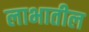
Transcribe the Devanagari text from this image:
लाभातील